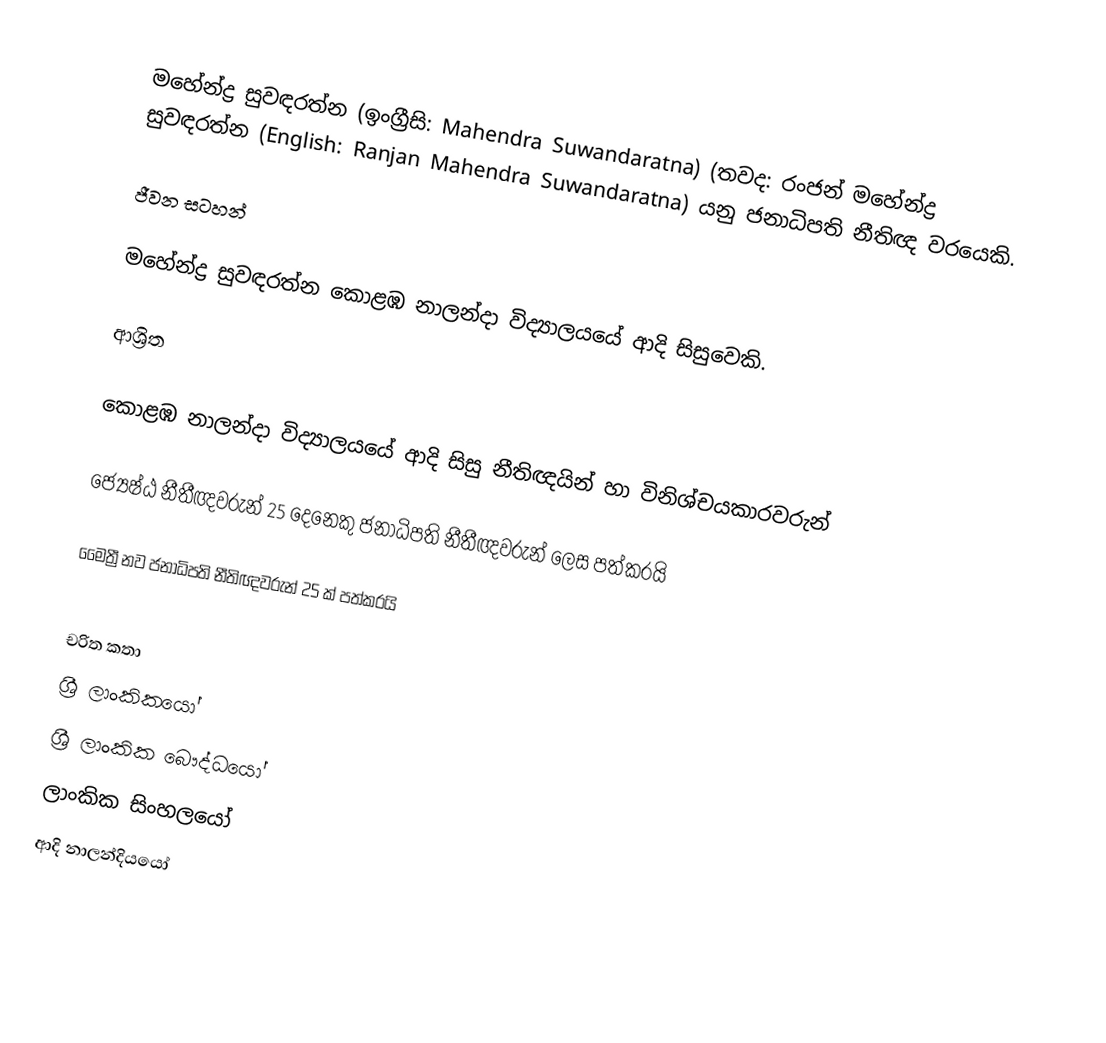
මහේන්ද්‍ර සුවඳරත්න (ඉංග්‍රීසි: Mahendra Suwandaratna) (තවද: රංජන් මහේන්ද්‍ර සුවඳරත්න (English: Ranjan Mahendra Suwandaratna) යනු  ජනාධිපති නීතිඥ වරයෙකි.

ජීවන සටහන්

මහේන්ද්‍ර සුවඳරත්න  කොළඹ නාලන්දා විද්‍යාලයයේ ආදි සිසුවෙකි.

ආශ්‍රිත

 කොළඹ නාලන්දා විද්‍යාලයයේ ආදි සිසු නීතිඥයින් හා විනිශ්චයකාරවරුන්

 ජ්‍යෙෂ්ඨ නීතීඥවරුන් 25 දෙනෙකු ජනාධිපති නීතීඥවරුන් ලෙස පත්කරයි

 මෛත්‍රී නව ජනාධිපති නීතිඥවරුන් 25 ක්‌ පත්කරයි

චරිත කතා
ශ්‍රී ලාංකිකයෝ
ශ්‍රී ලාංකික බෞද්ධයෝ
ලාංකික සිංහලයෝ
ආදි නාලන්දියයෝ